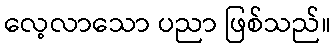
လေ့လာသော ပညာ ဖြစ်သည်။